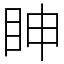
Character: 眒